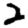
Digit: 2